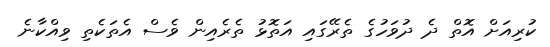
ކުރިއަށް އޮތް ދެ ދުވަހުގެ ތެރޭގައި އަތޮޅު ތެރެއިން ވެސް އެތަކެތި ވިއްކާނެ